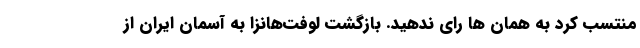
منتسب کرد به همان ها رای ندهید. بازگشت لوفت‌هانزا به آسمان ایران از